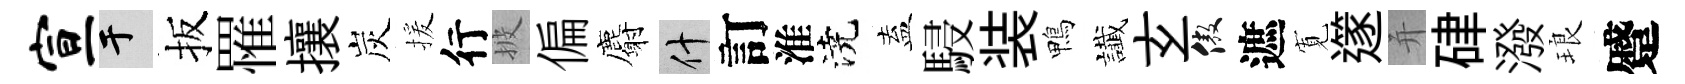
宣于扳罹攘炭援行披偏麝什訂淮澆盍駸装鴨䜟𤣥傲遮𡩖𨗹并硉潑琅蹙